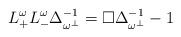
LaTeX: \begin{align*}L^\omega_{+} L^\omega_- \Delta^{-1}_{\omega^\perp} = \Box \Delta^{-1}_{\omega^\perp}- 1\end{align*}